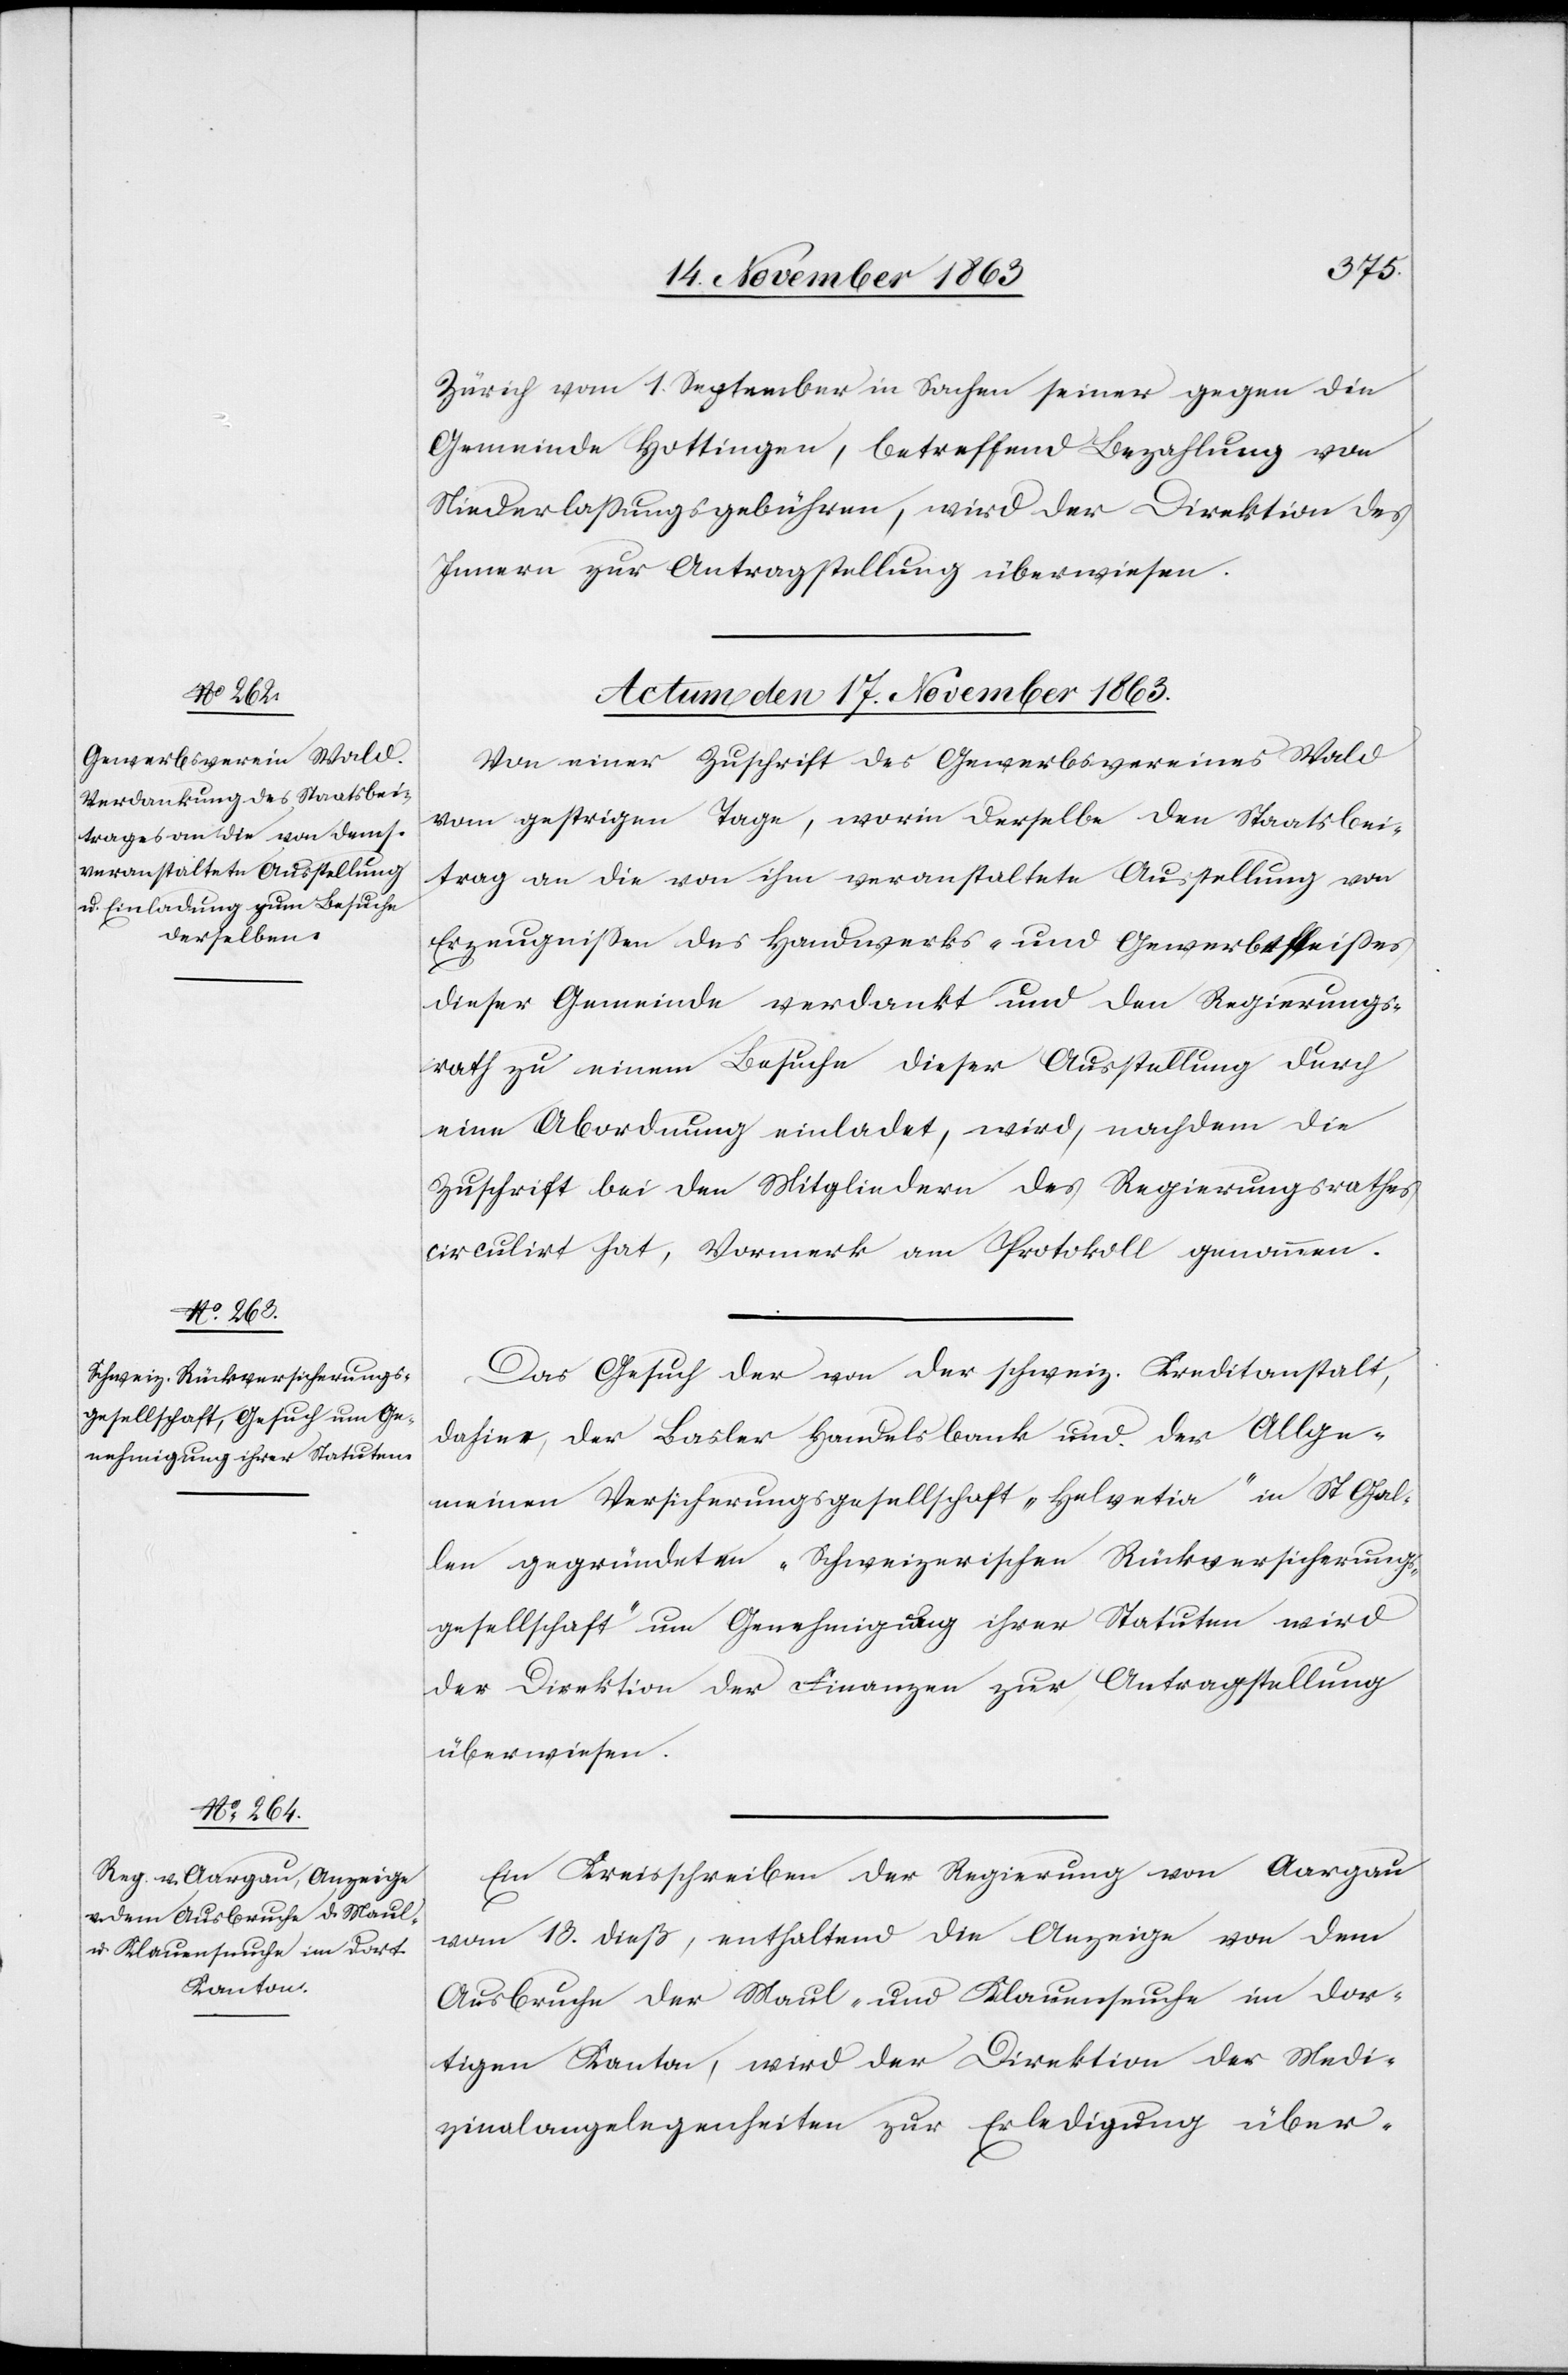
Zürich vom 1. September in Sachen seiner gegen die
Gemeinde Hottingen, betreffend Bezahlung von
Niederlassungsgebühren, wird der Direktion des
Innern zur Antragstellung überwiesen.
Actum den 17. November 1863.]
Von einer Zuschrift des Gewerbsvereines Wald
vom gestrigen Tage, worin derselbe den Staatsbei¬
trag an die von ihm veranstaltete Ausstellung von
Erzeugnissen des Handwerks- und Gewerbsfleisses
dieser Gemeinde verdankt und den Regierungs¬
rath zu einem Besuche dieser Ausstellung durch
eine Abordnung einladet, wird, nachdem die
Zuschrift bei den Mitgliedern des Regierungsrathes
circulirt hat, Vormerk am Protokoll genommen.
Das Gesuch der von der schweiz. Kreditanstalt,
dahier, der Basler Handelsbank und der Allge¬
meinen Versicherungsgesellschaft „Helvetia“ in St Gal¬
len gegründeten „Schweizerischen Rückversicherungs¬
gesellschaft“ um Genehmigung ihrer Statuten wird
der Direktion der Finanzen zur Antragstellung
überwiesen.
Ein Kreisschreiben der Regierung von Aargau
vom 13. dieß, enthaltend die Anzeige von dem
Ausbruche der Maul- und Klauenseuche im dor¬
tigen Kanton, wird der Direktion der Medi¬
zinalangelegenheiten zur Erledigung über-